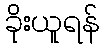
ခိုးယူရန်